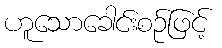
ဟူသောခေါင်းစဉ်ဖြင့်